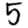
Digit: 5